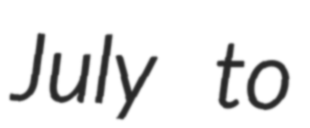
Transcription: July to